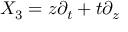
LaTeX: X _ { 3 } = z \partial _ { t } + t \partial _ { z } \,